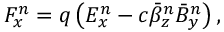
F _ { x } ^ { n } = q \left( E _ { x } ^ { n } - c \bar { \beta } _ { z } ^ { n } \bar { B } _ { y } ^ { n } \right) ,